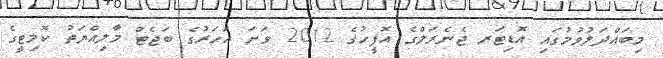
މިބައްދަލުވުމުގައި އޮޑިޓަރ ޖެނެރަލްގެ އޮފީހުގެ 2012 ވަނަ އަހަރުގެ ބަޖެޓް މާލިއްޔަތު ކޮމިޓީގެ